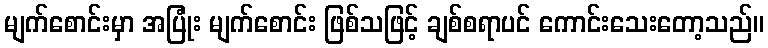
မျက်စောင်းမှာ အပြုံး မျက်စောင်း ဖြစ်သဖြင့် ချစ်စရာပင် ကောင်းသေးတော့သည်။